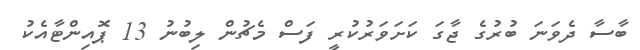
ބާސާ ދެވަނަ ބުރުގެ ޖާގަ ކަށަވަރުކުރީ ފަސް މެޗުން ލިބުނު 13 ޕޮއިންޓާއެކު